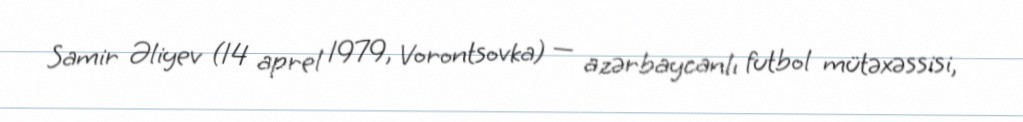
Samir Əliyev (14 aprel 1979, Vorontsovka) — azərbaycanlı futbol mütəxəssisi,